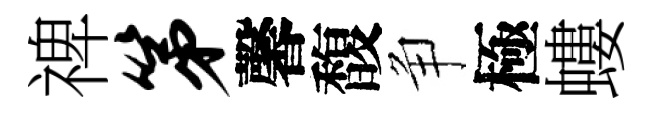
禆第馨馥争極螻